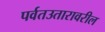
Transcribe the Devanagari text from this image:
पर्वतउतारावरील